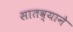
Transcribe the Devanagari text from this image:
सातव्याने